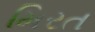
મિરત